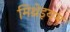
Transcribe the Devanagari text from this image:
मिथ्रेइयम